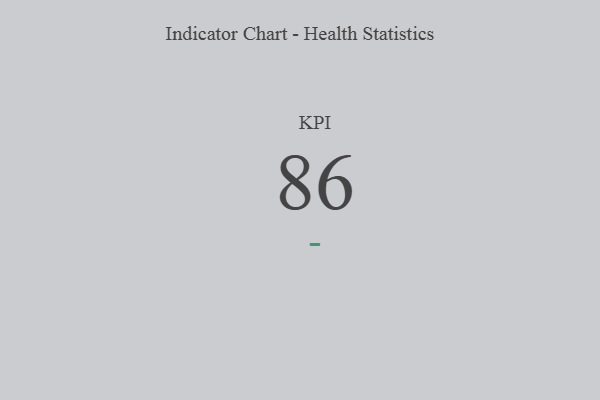
{"axis": {"x": "KPI", "y": "Value"}, "legend": [""], "data": [{"x": "KPI", "y": 86, "type": ""}]}